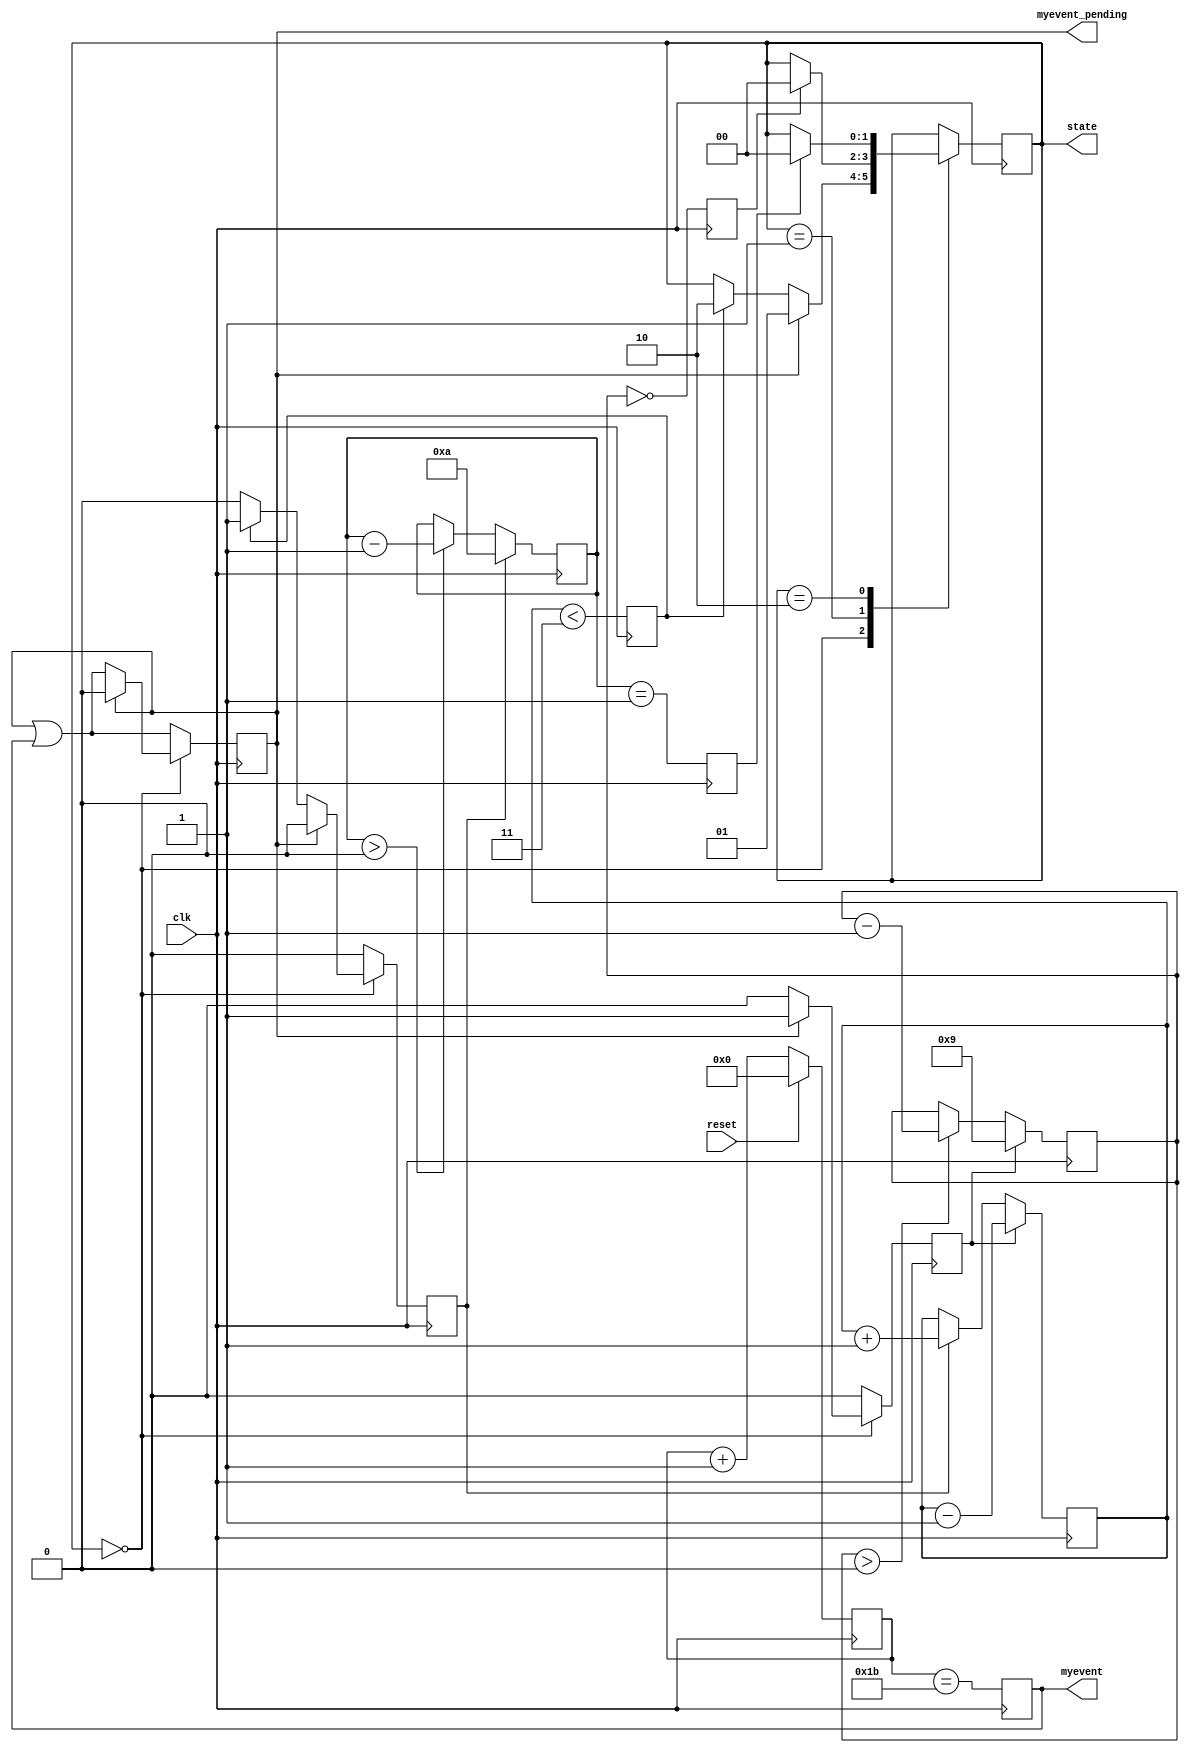
module Test_29 (
   state, myevent, myevent_pending,
   clk, reset
   );
   input clk;
   input reset;
   output [1:0] state;
   output	myevent;
   output	myevent_pending;
   reg [5:0] 	count = 0;
   always @ (posedge clk)
     if (reset) count <= 0;
     else count <= count + 1;
   reg 		myevent = 1'b0;
   always @ (posedge clk)
     myevent <= (count == 6'd27);
   reg 		myevent_done;
   reg 		hickup_ready;
   reg 		hickup_done;
   localparam STATE_ZERO   = 0;
   localparam STATE_ONE    = 1;
   localparam STATE_TWO    = 2;
   reg [1:0] 	state                   = STATE_ZERO;
   reg 		state_start_myevent     = 1'b0;
   reg 		state_start_hickup      = 1'b0;
   reg 		myevent_pending         = 1'b0;
   always @ (posedge clk) begin
      state <= state;
      myevent_pending <= myevent_pending || myevent;
      state_start_myevent <= 1'b0;
      state_start_hickup <= 1'b0;
      case (state)
	STATE_ZERO:
	  if (myevent_pending) begin
             state <= STATE_ONE;
             myevent_pending <= 1'b0;
             state_start_myevent <= 1'b1;
	  end else if (hickup_ready) begin
             state <= STATE_TWO;
             state_start_hickup <= 1'b1;
	  end
	STATE_ONE:
	  if (myevent_done)
            state <= STATE_ZERO;
	STATE_TWO:
	  if (hickup_done)
            state <= STATE_ZERO;
	default:
	  ; 
      endcase
   end
   reg [3:0] myevent_count = 0;
   always @ (posedge clk)
     if (state_start_myevent)
       myevent_count <= 9;
     else if (myevent_count > 0)
       myevent_count <= myevent_count - 1;
   initial myevent_done = 1'b0;
   always @ (posedge clk)
     myevent_done <= (myevent_count == 0);
   reg [4:0] hickup_backlog = 2;
   always @ (posedge clk)
     if (state_start_myevent)
       hickup_backlog <= hickup_backlog - 1;
     else if (state_start_hickup)
       hickup_backlog <= hickup_backlog + 1;
   initial hickup_ready = 1'b1;
   always @ (posedge clk)
     hickup_ready <= (hickup_backlog < 3);
   reg [3:0] hickup_count = 0;
   always @ (posedge clk)
     if (state_start_hickup)
       hickup_count <= 10;
     else if (hickup_count > 0)
       hickup_count <= hickup_count - 1;
   initial hickup_done = 1'b0;
   always @ (posedge clk)
     hickup_done <= (hickup_count == 1);
endmodule